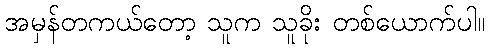
အမှန်တကယ်တော့ သူက သူခိုး တစ်ယောက်ပါ။